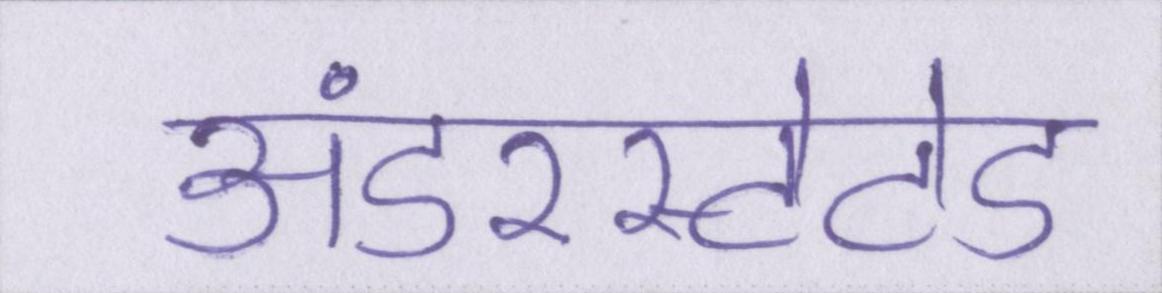
अंडरस्टेटेड